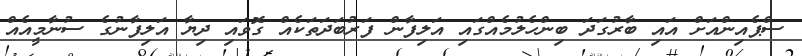
ސްޕެއިންއަށް އައި ބާރުގަދަ ބިންހެލުމެއްގައި އަލިފާން ފަރުބަދަތަކެއް ގޮވައި ދިޔާ އަލިފާނުގެ ސުނާމީއެއް